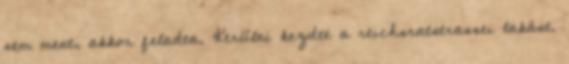
sem ment, akkor feladta. Kerülni kezdte a reichsratstrassei lakást.